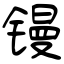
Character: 镘